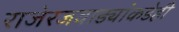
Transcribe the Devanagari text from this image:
राजेरजवाड्यांकडेही